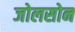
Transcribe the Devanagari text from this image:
जोलसोन